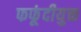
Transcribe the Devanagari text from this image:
फफूंदीयुक्त